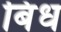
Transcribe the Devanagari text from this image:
बिंध